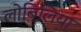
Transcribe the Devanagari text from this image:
लोबिलिया